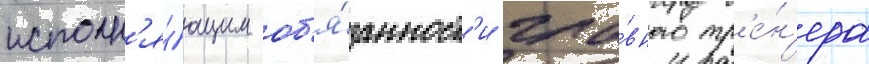
исполн'я́ющим об'я́занност'и гла́вного тр'е́н'ера